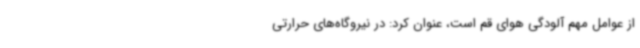
از عوامل مهم آلودگی هوای قم است، عنوان کرد: در نیروگاه‌های حرارتی